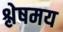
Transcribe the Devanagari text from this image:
श्लेषमय